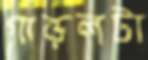
গাড়লটা